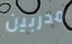
مدربين